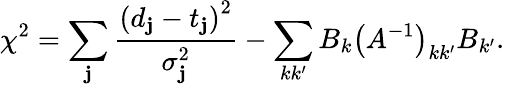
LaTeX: \chi^{2}=\sum_{\mathbf{j}}\frac{{\left(d_{\mathbf{j}}-t_{\mathbf{j}}\right)^{2}}}{{\sigma_{\mathbf{j}}^{2}}}-\sum_{kk^{\prime}}B_{k}\left(A^{-1}\right)_{kk^{\prime}}B_{k^{\prime}}.